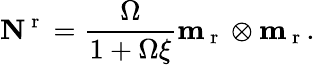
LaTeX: \textbf{N}^{\mathrm{~r~}}=\frac{\Omega}{1+\Omega\xi}\textbf{m}_{\mathrm{~r~}}\otimes\textbf{m}_{\mathrm{~r~}}.